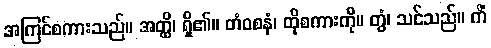
အကြင်စကားသည်။ အတ္ထိ၊ ရှိ၏။ တံဝစနံ၊ ထိုစကားကို။ တွံ၊ သင်သည်။ ကိံ